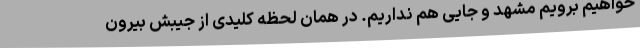
خواهیم برویم مشهد و جایی هم نداریم. در همان لحظه کلیدی از جیبش بیرون